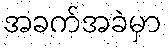
အခက်အခဲမှာ